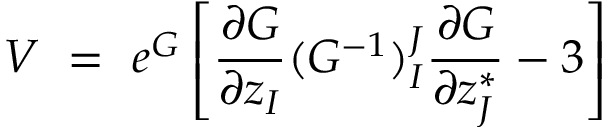
V \ = \ e ^ { G } \left[ { \frac { \partial G } { \partial z _ { I } } } ( G ^ { - 1 } ) _ { I } ^ { J } { \frac { \partial G } { \partial z _ { J } ^ { * } } } - 3 \right]